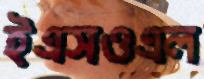
ইএসওএল